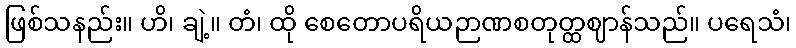
ဖြစ်သနည်း။ ဟိ၊ ချဲ့။ တံ၊ ထို စေတောပရိယဉာဏစတုတ္ထဈာန်သည်။ ပရေသံ၊